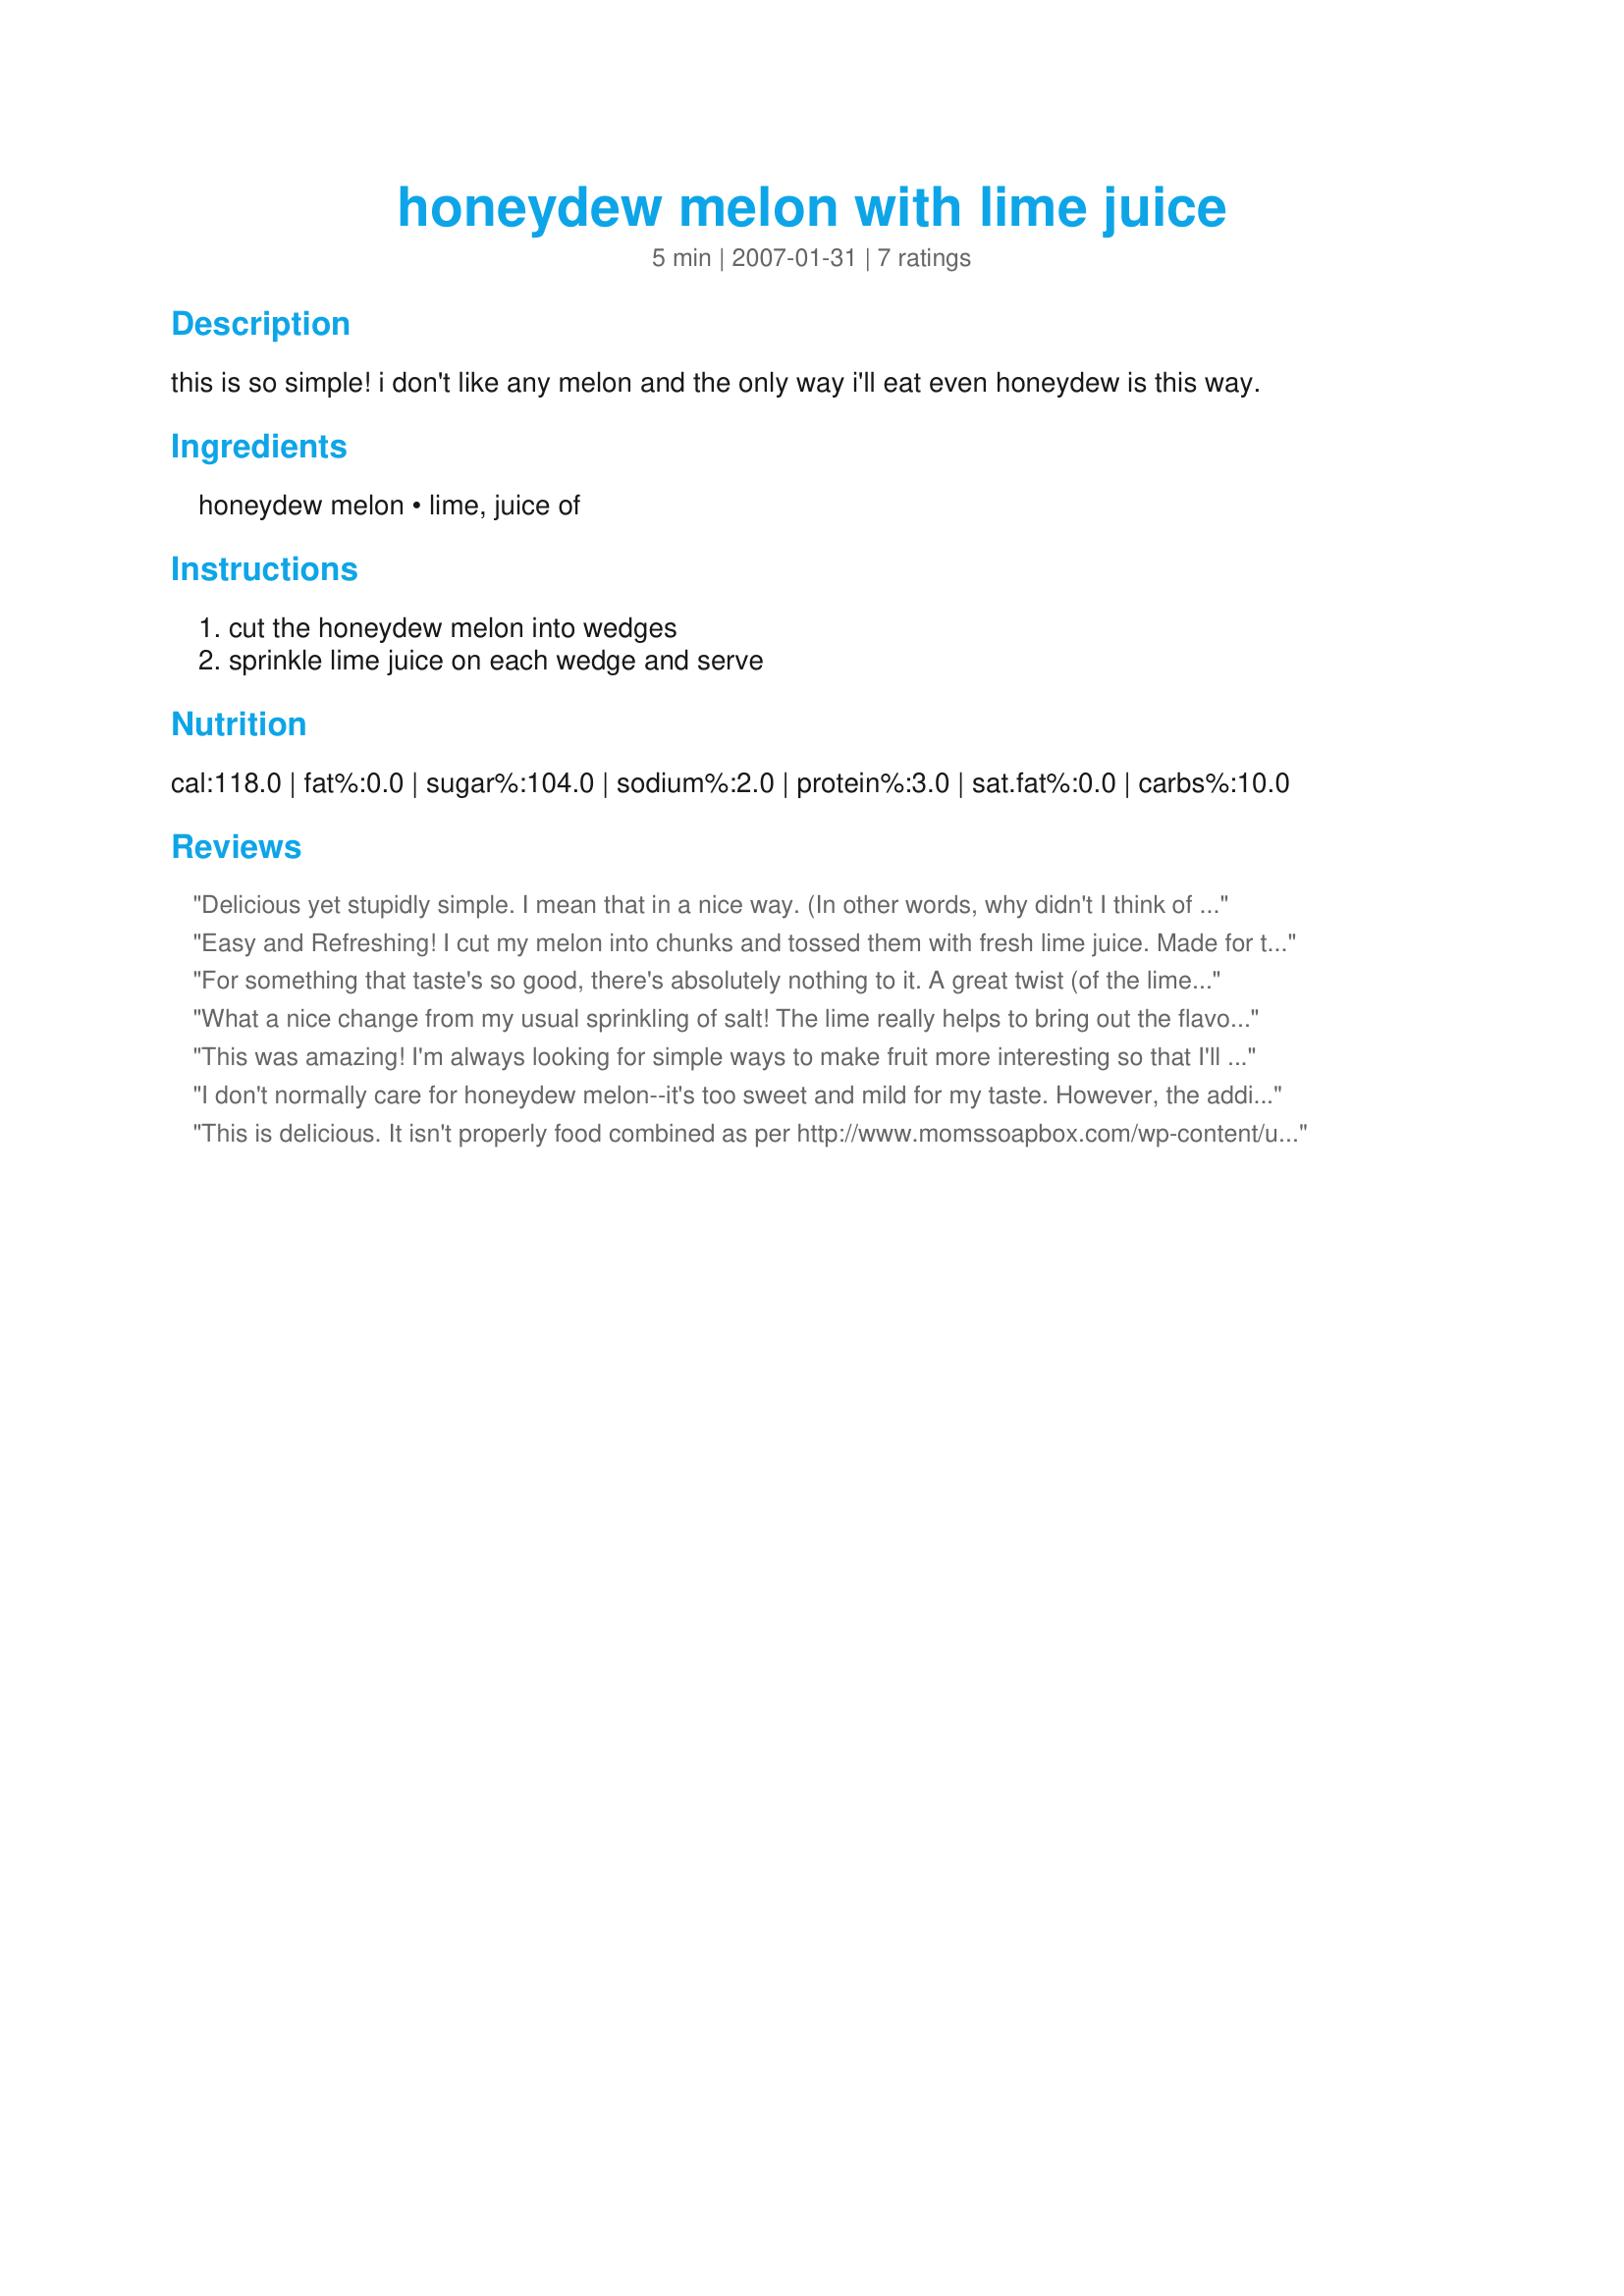
honeydew melon with lime juice
Preparation time: 5 minutes

this is so simple! i don't like any melon and the only way i'll eat even honeydew is this way.

Ingredients:
honeydew melon, lime, juice of

Steps:
cut the honeydew melon into wedges, sprinkle lime juice on each wedge and serve

Reviews:
Delicious yet stupidly simple. I mean that in a nice way. (In other words, why didn't I think of this?) ;)
Easy and Refreshing! I cut my melon into chunks and tossed them with fresh lime juice. Made for the 1-2-3 Hit Wonders tag game.
For something that taste's so good, there's absolutely nothing to it. A great twist (of the lime) on honeydew. Cool and refreshing. Thanks for sharing, my dear. Made for Summer, 2009 Comfort Cafe.
What a nice change from my usual sprinkling of salt! The lime really helps to bring out the flavor and sweetness of the honeydew. Thank you, WI Cheesehead!
This was amazing! I'm always looking for simple ways to make fruit more interesting so that I'll actually eat what I bring home from the store :0) This kinda reminded me of a margarita. Although it was already great as written I was curious as to what it would taste like with just a small crackle of sea salt. The addition of salt went well with this recipe and took it to another level. Thank you, WI Cheesehead, for posting this wonderful recipe idea :0)<br/><br/>Update: I do not recommend adding the lime juice until you're getting reading to eat this dish. I was curious to see if the flavor would improve (not that it isn't great already) if it marinated over night. I found that it did not improve the flavor at all.
I don't normally care for honeydew melon--it's too sweet and mild for my taste. However, the addition of the lime juice gave it just enough of a kick to make it delicious! Even my husband liked it, and he doesn't like any melon but cantaloupe. Thanks for the great recipe, WI Cheesehead!
This is delicious. It isn't properly food combined as per http://www.momssoapbox.com/wp-content/uploads/2009/07/food_combining.jpg but I would make it again & again.
